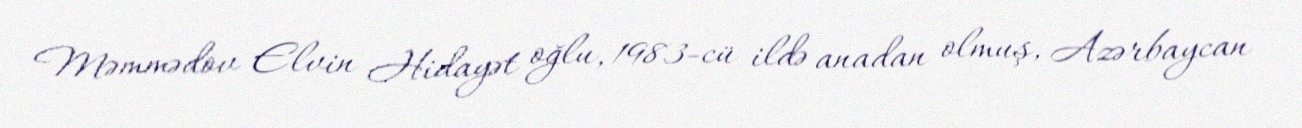
Məmmədov Elvin Hidayət oğlu, 1983-cü ildə anadan olmuş, Azərbaycan